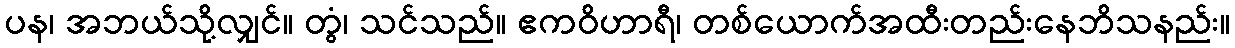
ပန၊ အဘယ်သို့လျှင်။ တွံ၊ သင်သည်။ ဧကဝိဟာရီ၊ တစ်ယောက်အထီးတည်းနေဘိသနည်း။